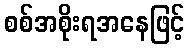
စစ်အစိုးရအနေဖြင့်